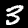
Label: 3